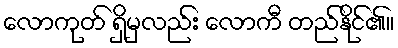
လောကုတ် ရှိမှလည်း လောကီ တည်နိုင်၏။